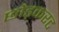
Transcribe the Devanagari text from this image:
छोड़करट